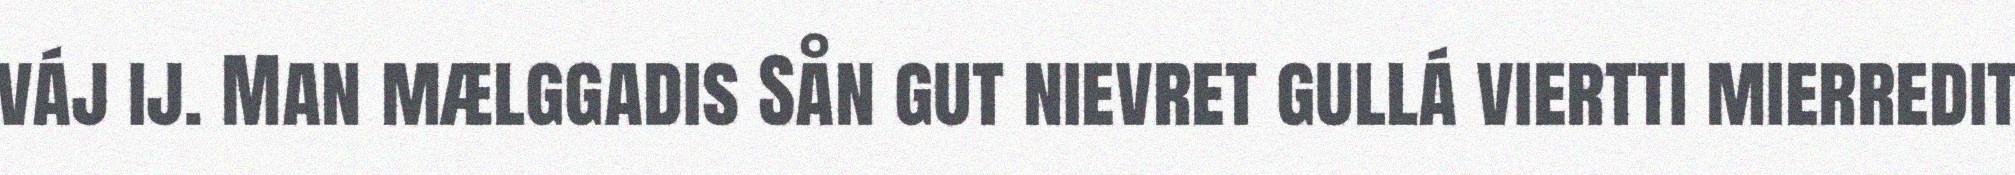
váj ij. Man mælggadis Sån gut nievret gullá viertti mierredit